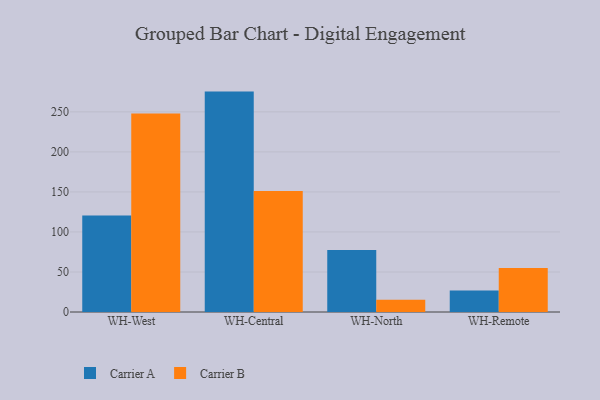
{"axis": {"x": "Warehouse", "y": "Tickets Resolved"}, "legend": ["Carrier A", "Carrier B"], "data": [{"x": "WH-West", "y": 120.5, "type": "Carrier A"}, {"x": "WH-West", "y": 248.1, "type": "Carrier B"}, {"x": "WH-Central", "y": 275.3, "type": "Carrier A"}, {"x": "WH-Central", "y": 151.0, "type": "Carrier B"}, {"x": "WH-North", "y": 77.4, "type": "Carrier A"}, {"x": "WH-North", "y": 15.3, "type": "Carrier B"}, {"x": "WH-Remote", "y": 26.7, "type": "Carrier A"}, {"x": "WH-Remote", "y": 55.0, "type": "Carrier B"}]}